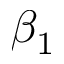
\beta _ { 1 }